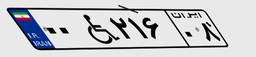
۰۰W۲۱۶۰۸